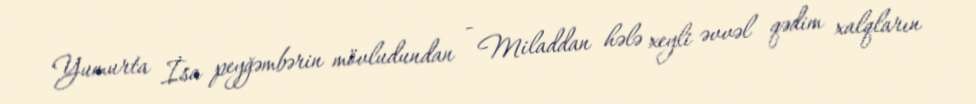
Yumurta İsa peyğəmbərin mövludundan - Miladdan hələ xeyli əvvəl qədim xalqların